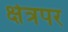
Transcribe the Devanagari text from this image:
क्षेत्रपर